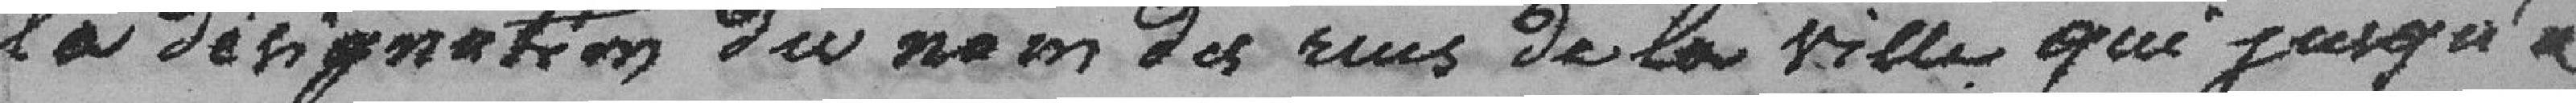
la désignation  du nom des rues de la ville qui jusqu'à